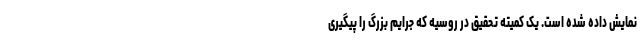
نمایش داده شده است. یک کمیته تحقیق در روسیه که جرایم بزرگ را پیگیری